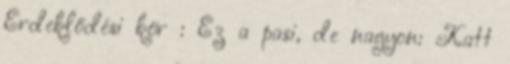
Érdeklődési kör : Ez a pasi, de nagyon: Katt